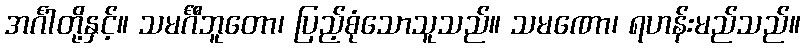
အင်္ဂါတို့နှင့်။ သမင်္ဂီဘူတော၊ ပြည့်စုံသောသူသည်။ သမဏော၊ ရဟန်းမည်သည်။